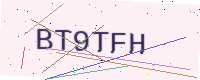
Text: BT9TFH